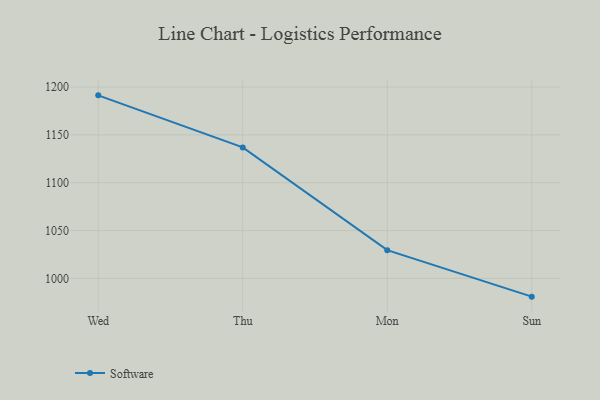
{"axis": {"x": "Day", "y": "Churn Rate (%)"}, "legend": ["Software"], "data": [{"x": "Wed", "y": 1191.3, "type": "Software"}, {"x": "Thu", "y": 1136.9, "type": "Software"}, {"x": "Mon", "y": 1029.5, "type": "Software"}, {"x": "Sun", "y": 980.9, "type": "Software"}]}